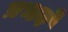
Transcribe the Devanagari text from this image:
प्रभवे